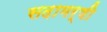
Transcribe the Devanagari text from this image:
सदामर्षी